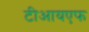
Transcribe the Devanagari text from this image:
टीआयएफ